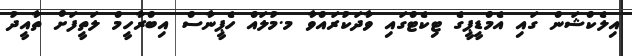
އިލެކްޝަން ގައި އެމްޑީޕީގެ ޓިކެޓްގައި ވާދަކުރައްވާ މ.މުލައް ހެޕީނާސް އިބްރާހީމް ލަތީފަށް ތާއީދު